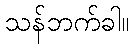
သန်ဘက်ခါ။